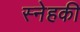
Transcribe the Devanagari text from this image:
स्नेहकी